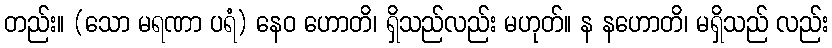
တည်း။ (သော မရဏာ ပရံ) နေဝ ဟောတိ၊ ရှိသည်လည်း မဟုတ်။ န နဟောတိ၊ မရှိသည် လည်း